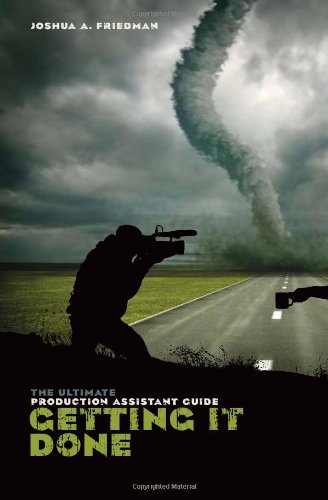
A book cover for Getting it Done: The Ultimate Production Assistant Guide; Joshua Friedman; Humor & Entertainment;